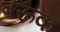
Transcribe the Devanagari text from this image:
बरूक